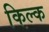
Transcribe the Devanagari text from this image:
किल्क